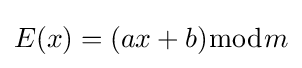
E(x)=(ax+b){\bmod {m}}